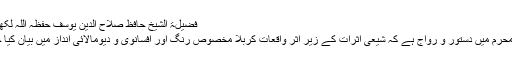
فضیلۃ الشیخ حافظ صلاح الدین یوسف حفظہ اللہ لکھتے ہیں:
" عشرۂ محرم میں دستور و رواج ہے کہ شیعی اثرات کے زیرِ اثر واقعاتِ کربلا مخصوص رنگ اور افسانوی و دیومالائی انداز میں بیان کیا جاتا ہے۔